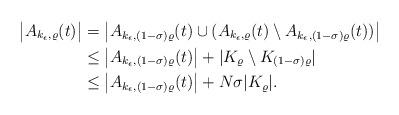
LaTeX: \begin{align*}\big|A_{k_\epsilon,\varrho}(t)\big|&=\big|A_{k_\epsilon,(1-\sigma)\varrho}(t)\cup (A_{k_\epsilon,\varrho}(t)\setminus A_{k_\epsilon,(1-\sigma)\varrho}(t))\big|\\&\leq \big|A_{k_\epsilon,(1-\sigma)\varrho}(t)\big|+|K_\varrho\setminus K_{(1-\sigma)\varrho}|\\&\leq\big |A_{k_\epsilon,(1-\sigma)\varrho}(t)\big|+N\sigma |K_\varrho|.\end{align*}